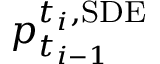
p _ { t _ { i - 1 } } ^ { t _ { i } , \mathrm { S D E } }